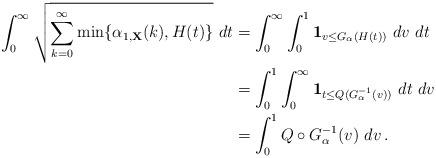
LaTeX: \begin{align*}\int_0^{\infty} \sqrt{ \sum_{k=0}^\infty \min\{\alpha_{1,{\bf X}}(k), H(t)\} } \ dt&= \int_0^\infty \int_0^1 {\bf 1}_{v \leq G_\alpha(H(t))} \ dv \ dt \\&= \int_0^1 \int_0^\infty {\bf 1}_{t \leq Q ( G^{-1}_\alpha(v))} \ dt \ dv \\&= \int_0^1 Q \circ G_{\alpha}^{-1} (v) \ dv \, .\end{align*}